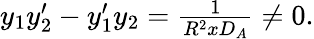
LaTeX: \begin{array}{r}{y_{1}y_{2}^{\prime}-y_{1}^{\prime}y_{2}=\frac{1}{R^{2}xD_{A}}\neq 0.}\end{array}